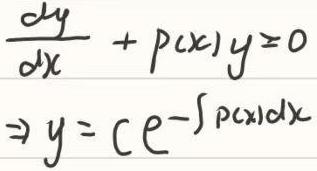
\[
\frac{dy}{dx} + p(x)y = 0 \Rightarrow y = ce^{-\int p(x)dx}
\]